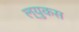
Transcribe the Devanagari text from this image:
ल्युकस